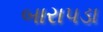
બારાપડા